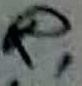
Text: R1